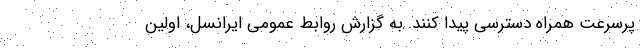
پرسرعت همراه دسترسی پیدا کنند. به گزارش روابط عمومی ایرانسل، اولین